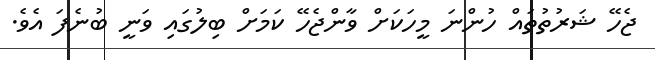
ޖެހޭ ޝަރުތުތައް ހުންނަ މީހަކަށް ވާންޖެހޭ ކަމަށް ބިލުގައި ވަނީ ބުނެފަ އެވެ.